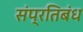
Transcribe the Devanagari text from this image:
संप्रतिबंध